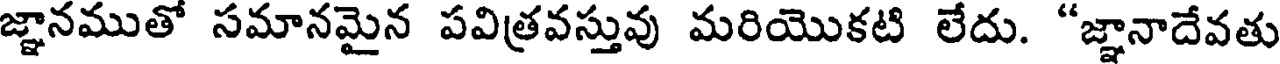
జ్ఞానముతో సమానమైన పవిత్రవస్తువు మరియొకటి లేదు. "జ్ఞానాదేవతు